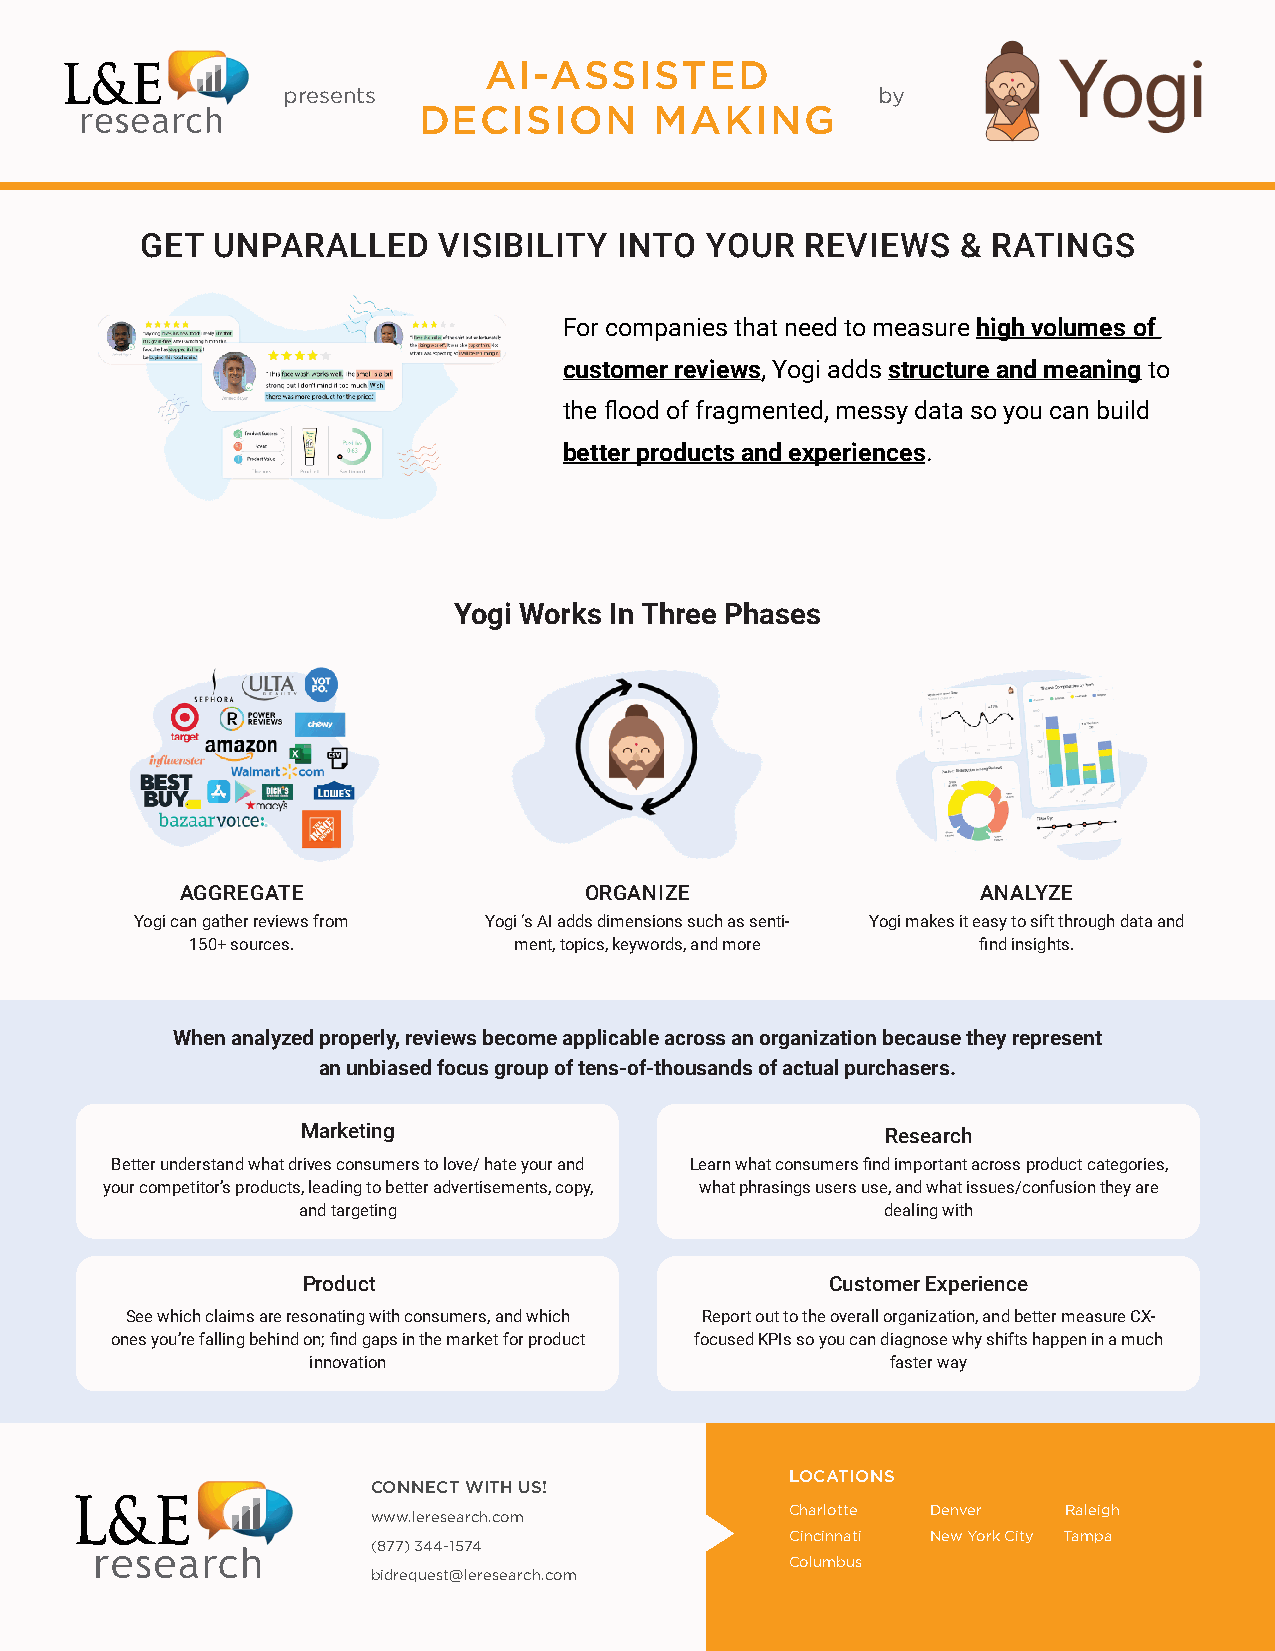
AI-ASSISTED
 presents                               by
 DECISION       MAKING
 GET  UNPARALLED     VISIBILITY  INTO  YOUR  REVIEWS    & RATINGS
 For companies that need to measure high volumes of
 customer reviews, Yogi adds structure and meaning to
 the flood of fragmented, messy data so you can build
 better products and experiences.
 Yogi Works In Three Phases
 AGGREGATE                  ORGANIZE                  ANALYZE
 Yogi can gather reviews from Yogi ‘s AI adds dimensions such as senti- Yogi makes it easy to sift through data and
 150+ sources.        ment, topics, keywords, and more find insights.
 When analyzed properly, reviews become applicable across an organization because they represent
 an unbiased focus group of tens-of-thousands of actual purchasers.
 Marketing                              Research
 Better understand what drives consumers to love/ hate your and Learn what consumers find important across product categories,
 your competitor’s products, leading to better advertisements, copy, what phrasings users use, and what issues/confusion they are
 and targeting                          dealing with
 Product                            Customer Experience
 See which claims are resonating with consumers, and which Report out to the overall organization, and better measure CX-
 ones you’re falling behind on; find gaps in the market for product focused KPIs so you can diagnose why shifts happen in a much
 innovation                             faster way
 LOCATIONS
 CONNECT WITH US!
 Charlotte Denver   Raleigh
 www.leresearch.com
 Cincinnati New York City Tampa
 (877) 344-1574
 Columbus
 bidrequest@leresearch.com